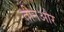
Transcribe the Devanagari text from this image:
तीनऔर